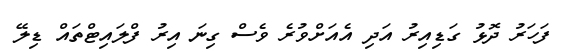
ފަހަރު ދޮޅު ގަޑިއިރު އަދި އެއަށްވުރެ ވެސް ގިނަ އިރު ފްލައިޓްތައް ޑިލޭ